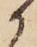
か